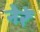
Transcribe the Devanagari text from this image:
नेरें